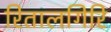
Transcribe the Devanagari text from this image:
रितालगिरि